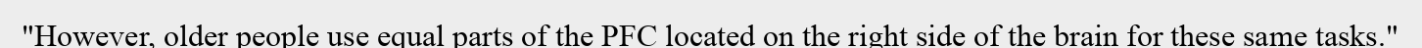
"However, older people use equal parts of the PFC located on the right side of the brain for these same tasks."